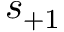
s _ { + 1 }